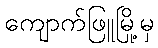
ကျောက်ဖြူမြို့မှ